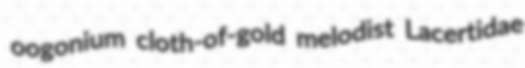
oogonium cloth-of-gold melodist Lacertidae